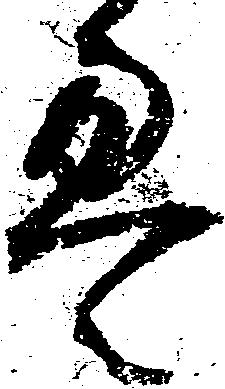
畳